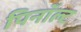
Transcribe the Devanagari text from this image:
पिनॉल्ट